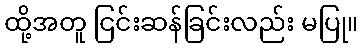
ထို့အတူ ငြင်းဆန်ခြင်းလည်း မပြု။